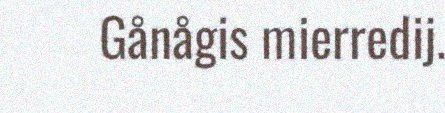
Gånågis mierredij.